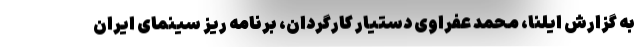
به گزارش ایلنا، محمد عفراوی دستیار کارگردان، برنامه ریز سینمای ایران